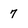
Character: 7